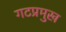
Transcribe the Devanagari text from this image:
गटप्रमुख